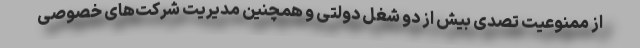
از ممنوعیت تصدی بیش از دو شغل دولتی و همچنین مدیریت شرکت‌‌های خصوصی